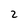
Character: 2